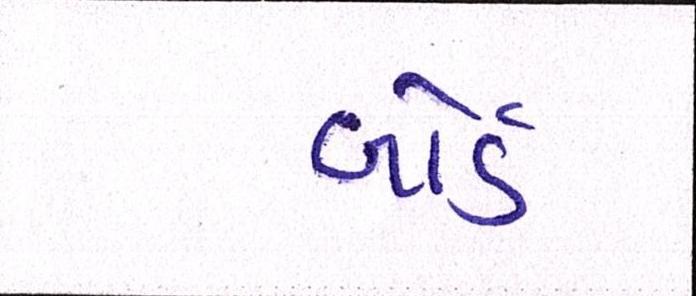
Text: બોર્ડ